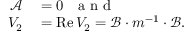
\begin{array} { r l } { { \mathcal { A } } } & { { } = 0 { } \mathrm { ~ \ \ a ~ n ~ d ~ } } \\ { V _ { 2 } } & { { } = \operatorname { R e } V _ { 2 } = \mathcal { B } \cdot m ^ { - 1 } \cdot \mathcal { B } . } \end{array}